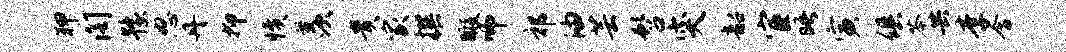
狎阁豫怒丹抑愤羡贵家撰暇师祁油芸髫突韶宦晤寅俱苓共李含